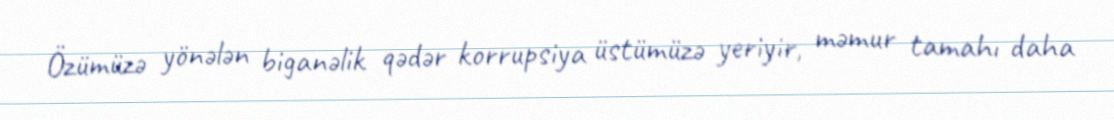
Özümüzə yönələn biganəlik qədər korrupsiya üstümüzə yeriyir, məmur tamahı daha